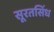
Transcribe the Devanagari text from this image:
सूरतसिंध